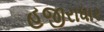
હજીરાધાર